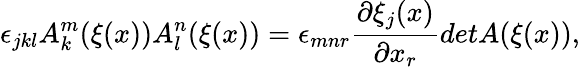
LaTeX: \epsilon_{jkl}A_{k}^{m}(\xi(x))A_{l}^{n}(\xi(x))=\epsilon_{mnr}\frac{\partial\xi_{j}(x)}{\partial x_{r}}detA(\xi(x)),